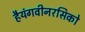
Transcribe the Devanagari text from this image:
हैयंगवीनरसिको